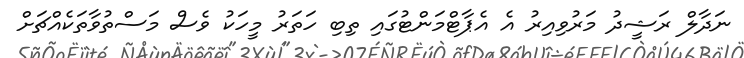
ނަދާލް ރަޝީދު މަރުވިއިރު އެ އެޕާޓްމަންޓުގައި ތިބި ހަތަރު މީހަކު ވެސް މަސްތުވާތަކެއްޗަށް